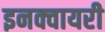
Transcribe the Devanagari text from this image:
इनक्वायरी